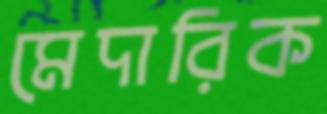
মেদারিক